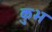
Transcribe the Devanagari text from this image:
कुभ